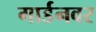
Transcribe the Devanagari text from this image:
गार्डनवर